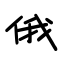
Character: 俄